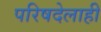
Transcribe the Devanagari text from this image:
परिषदेलाही